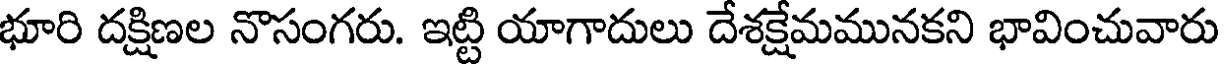
భూరి దక్షిణల నొసంగరు. ఇట్టి యాగాదులు దేశక్షేమమునకని భావించువారు